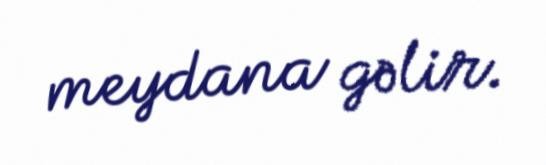
meydana gəlir.